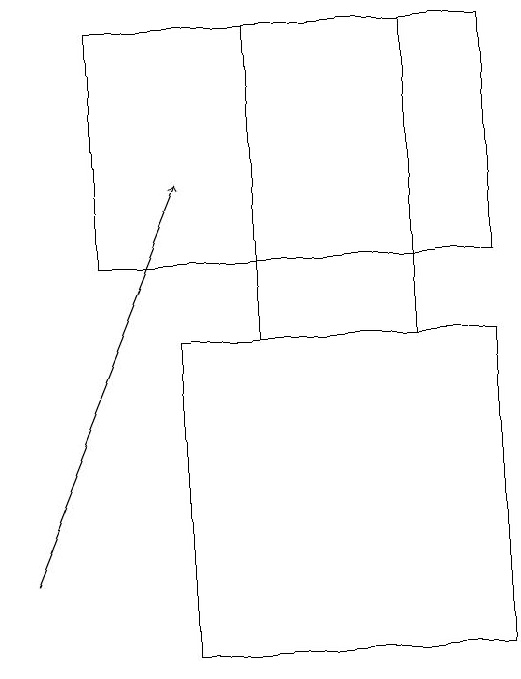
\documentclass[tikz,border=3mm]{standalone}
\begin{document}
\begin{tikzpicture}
\draw (7,14) rectangle (5,18);
\draw (3,15) rectangle (8,18);
\draw (4,10) rectangle (8,14);
\draw[->] (2,11) -- (4,16);
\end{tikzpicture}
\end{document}